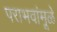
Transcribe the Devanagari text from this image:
पराभवांमूळे